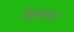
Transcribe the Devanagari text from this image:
मेडलचा